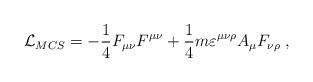
LaTeX: \begin{align*}{\cal L}_{MCS} = -\frac 14 F_{\mu\nu} F^{\mu\nu} + \frac 14 m \varepsilon ^{\mu\nu\rho} A_\mu F_{\nu\rho}\; ,\end{align*}